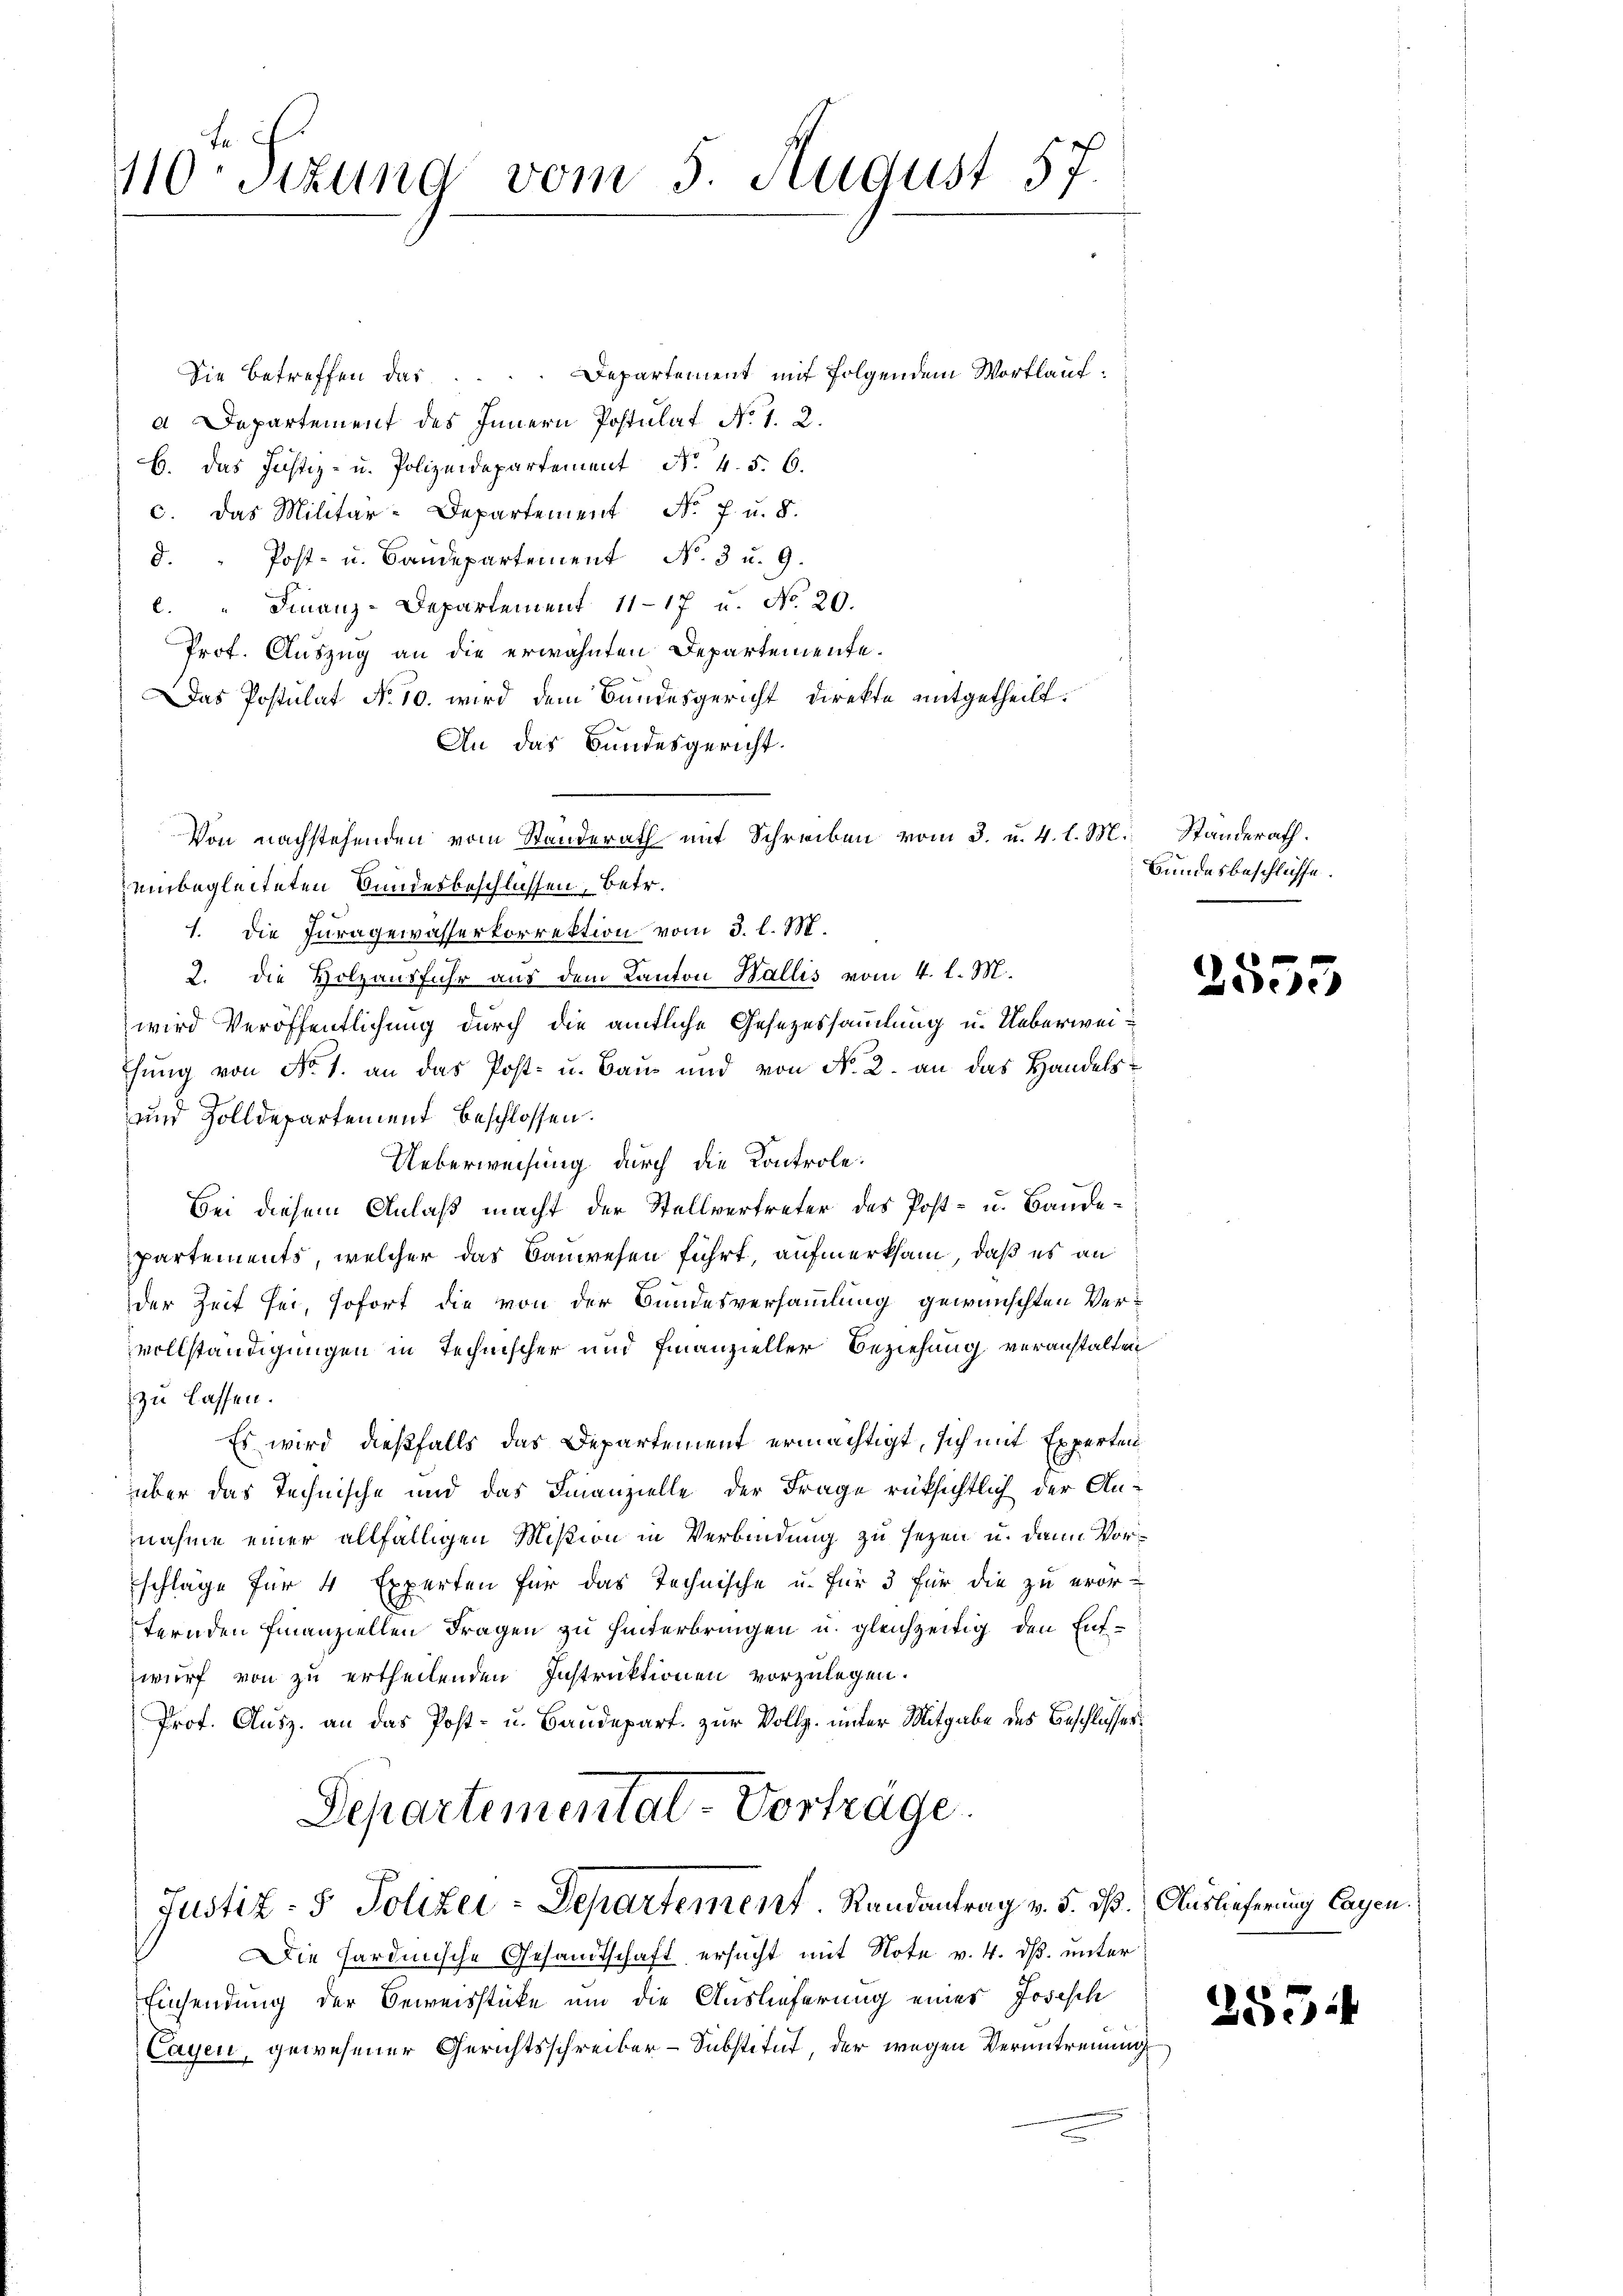
110. Sizung vom 5. August 57.

Die betreffen das .... Departement mit folgendem Wortlauf
d Departement des Innern Postulat No. 1. 2.
b. Das Justiz- u. Polizeidepartement Nr. 4. 5. 6.
c. das Militär-Departement No. 7. u. 8.
d. " Post- u. Baudepartement N. 3 u. 9.
l. " Finanz-Departement 1117 u. No 20.
Prot. Auszug an die erwähnten Departemente.
Das Postulat No 10. wird dem Bundesgericht direkte mitgetheilt.
An das Bundesgericht
einbegleiteten Bundesbeschlüssen, betr.
1. die Juragewasserkorrektion vom 3. l. M.
2. die Holzausfuhr aus dem Kanton Wallis vom 4. l. M.
wird Veröffentlichung durch die amtliche Gesezessammlung u. Ueberweichung von No 1. an das Post- u. Bau und von No 2. an das Handels¬
und Zolldepartement beschlossen.
Ueberweisung durch die Kontrole:
Bei diesem Anlaß macht der Stellvertreter des Post- u. Bandepartements, welcher das Bauwesen führt, aufmerksam, daß es an
der Zeit sei, sofort die von der Bundesversammlung gewünschten Vervollständigungen in Technischer und Finanzieller Beziehung veranstalten
zu lassen.
Es wird dießfalls das Departement ermächtigt, sich mit Experten
über das Technische und das Finanzielle der Frage rüksichtlich der Annahme einer allfälligen Mißion in Verbindung zu sezen u. dann Vorschläge für 4 Experten für das Technische u. für 3 für die zu eror-
ternden Finanziellen Fragen zu hinterbringen u. gleichzeitig, den Entwurf von zu ertheilenden Instruktionen vorzulegen.
Prot. Ausz. an das Post- u. Baudepart. zur Vollz. unter Mitgabe des Beschlusses.
Departemental-Vorträge.
Justiz- & Polizei-Departement. Randantrag v. 5. dß. Auslieferung lagen.
Die Hardinische Gesandtschaft ersucht mit Note v. 4. ds. unter
Einsendung der Beweisstücke um die Auslieferung einer Josisch
Cayen, gewesener Gerichtsschreiber-Substitut, der wegen Verantrennung

Von nachstehenden vom Standerath mit Schreiben vom 3. u. 4. l. M. Standerath.

Bundesbeschlüsse.

2555

255